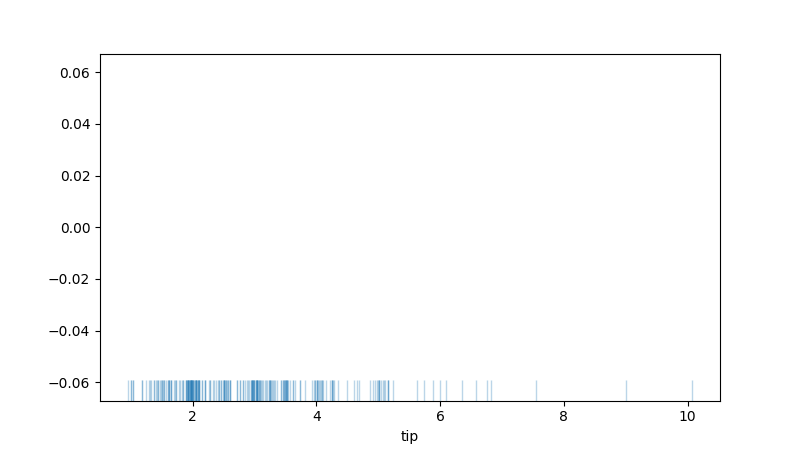
python, seaborn, rugplot, height=0.06, axis='x', alpha=0.3